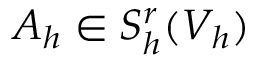
A _ { h } \in S _ { h } ^ { r } ( V _ { h } )